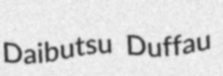
Daibutsu Duffau